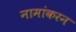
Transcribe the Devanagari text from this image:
नामांकरन